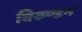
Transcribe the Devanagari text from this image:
विख्ण्डन